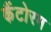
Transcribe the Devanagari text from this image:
कैंटोरम